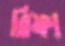
রিফা